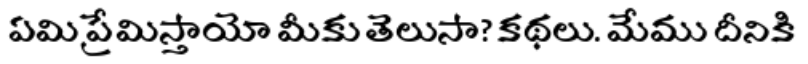
ఏమి ప్రేమిస్తాయో మీకు తెలుసా? కథలు. మేము దీనికి